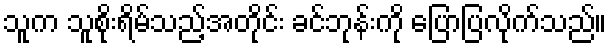
သူက သူစိုးရိမ်သည့်အတိုင်း ခင်ဘုန်းကို ပြောပြလိုက်သည်။